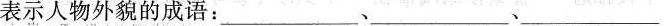
表示人物外貌的成语：___、___、___